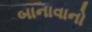
બાનાવાનો